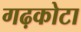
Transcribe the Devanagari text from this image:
गढ़कोटा